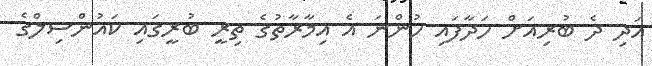
އަދި ދެ ބުރިއަށް ހަދާފައި ހުންނަ އެ އިމާރާތުގެ ތިރީ ބުރީގައި ކައުންސިލްގެ